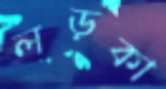
লড়কা